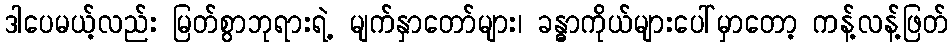
ဒါပေမယ့်လည်း မြတ်စွာဘုရားရဲ့ မျက်နှာတော်များ၊ ခန္ဓာကိုယ်များပေါ်မှာတော့ ကန့်လန့်ဖြတ်